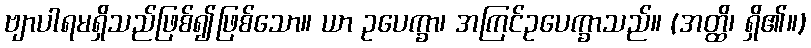
ဗျာပါရမရှိသည်ဖြစ်၍ဖြစ်သော။ ယာ ဥပေက္ခာ၊ အကြင်ဥပေက္ခာသည်။ (အတ္ထိ၊ ရှိ၏။)